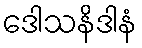
ဒေါသနိဒါနံ